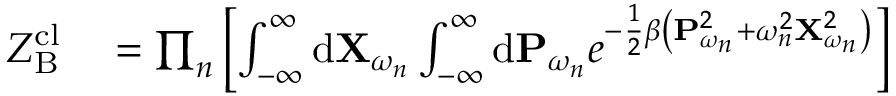
\begin{array} { r l } { Z _ { \mathrm { B } } ^ { \mathrm { c l } } } & { { } = \prod _ { n } \left[ \int _ { - \infty } ^ { \infty } \mathrm { d } \mathbf { X } _ { \omega _ { n } } \int _ { - \infty } ^ { \infty } \mathrm { d } \mathbf { P } _ { \omega _ { n } } e ^ { - \frac { 1 } { 2 } \beta \left( \mathbf { P } _ { \omega _ { n } } ^ { 2 } + \omega _ { n } ^ { 2 } \mathbf { X } _ { \omega _ { n } } ^ { 2 } \right) } \right] } \end{array}